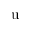
\mathrm u